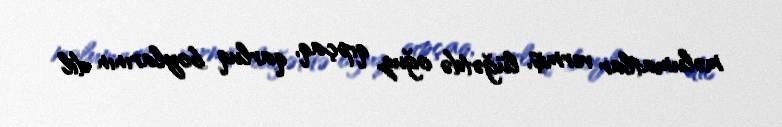
məlumatlar vermiş, lüğətdə oğuz, qıpçaq, qarluq boylarının dil